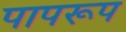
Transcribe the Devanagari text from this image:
पापरूप